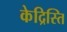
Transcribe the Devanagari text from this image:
केद्रिस्ति